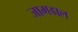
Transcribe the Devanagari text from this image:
जामडाल